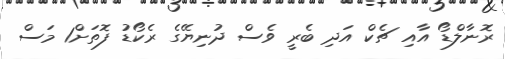
ރޮނާލްޑޯ އާއި ޗެކް އަދި ބެރީ ވެސް ދުނިޔޭގެ ރެކޯޑު ފޮތަށް1 މަސް